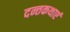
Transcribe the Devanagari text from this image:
दन्तकथाएं